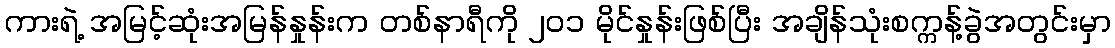
ကားရဲ့ အမြင့်ဆုံးအမြန်နှုန်းက တစ်နာရီကို ၂၀၁ မိုင်နှုန်းဖြစ်ပြီး အချိန်သုံးစက္ကန့်ခွဲအတွင်းမှာ